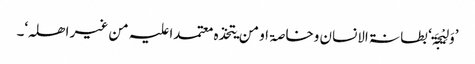
’وَلِیْجَۃ‘ بطانۃ الانسان وخاصۃ او من یتخذہ معتمدا علیہ من غیر اھلہ‘۔